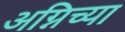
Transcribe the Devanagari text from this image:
अग्निच्या